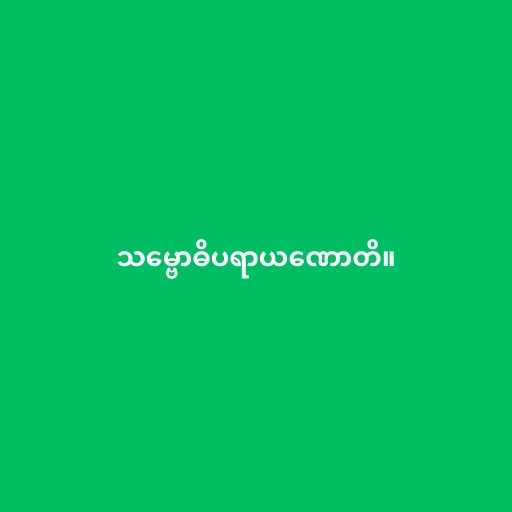
သမ္ဗောဓိပရာယဏောတိ။